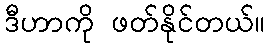
ဒီဟာကို ဖတ်နိုင်တယ်။